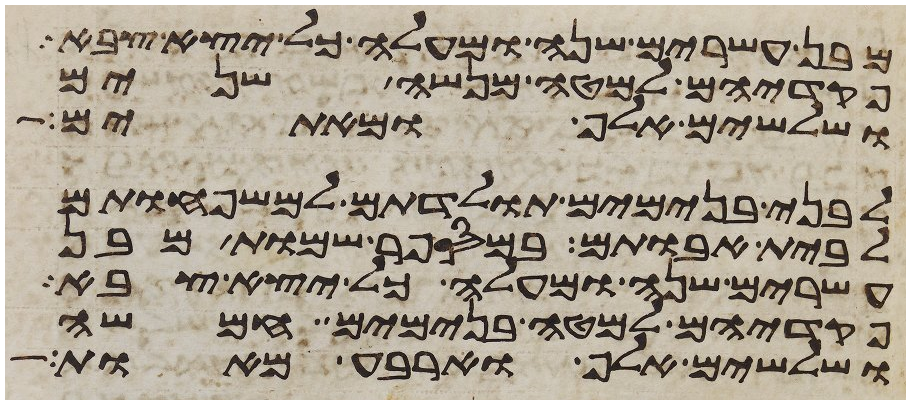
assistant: מבן עשרים שנה ומעלה כל יצא צבא
פקדיהם למטה מנשה שנים
ושלשים אלף ומאתים
לבני בנימים תולדתם למשפחותם
לבית אבותם במספר שמות מבן
עשרים שנה ומעלה כל יצא צבא
פקדיהם למטה בנימים חמשה
ושלשים אלף וארבע מאות